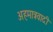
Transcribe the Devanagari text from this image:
अहमात्रवादी